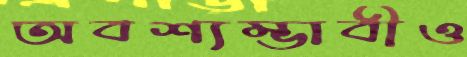
অবশ্যম্ভাবীও